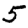
Digit: 5